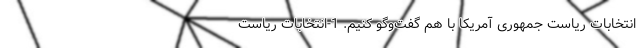
انتخابات ریاست جمهوری آمریکا با هم گفت‌وگو کنیم. 1-انتخابات ریاست